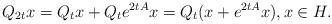
LaTeX: \begin{align*}Q_{2t}x= Q_t x+ Q_{t} e^{2tA}x=Q_t (x+ e^{2tA}x), x \in H.\end{align*}